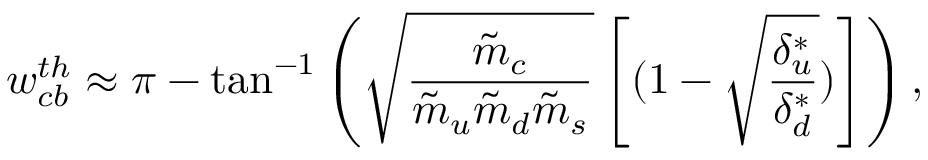
w _ { c b } ^ { t h } \approx \pi - \tan ^ { - 1 } \left( \sqrt { \frac { \tilde { m } _ { c } } { \tilde { m } _ { u } \tilde { m } _ { d } \tilde { m } _ { s } } } \left[ ( 1 - \sqrt { \frac { \delta _ { u } ^ { * } } { \delta _ { d } ^ { * } } } ) \right] \right) ,